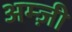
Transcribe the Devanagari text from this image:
अम्ज़ी